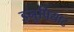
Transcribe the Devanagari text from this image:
इनुपियाट